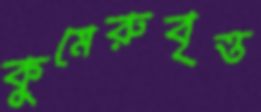
কুমেরুবৃত্ত